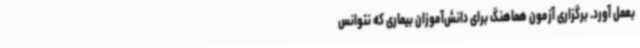
بعمل آورد. برگزاری آزمون هماهنگ برای دانش‌آموزان بیماری که نتوانس